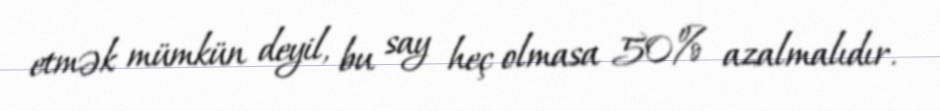
etmək mümkün deyil, bu say heç olmasa 50% azalmalıdır.